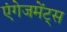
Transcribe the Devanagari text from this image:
एंगेजमेंट्स